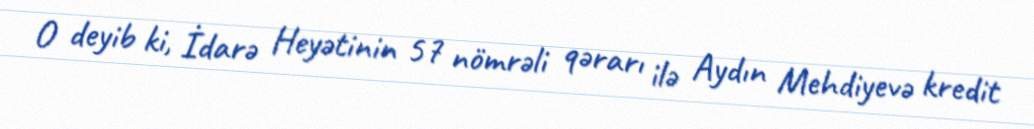
O deyib ki, İdarə Heyətinin 57 nömrəli qərarı ilə Aydın Mehdiyevə kredit